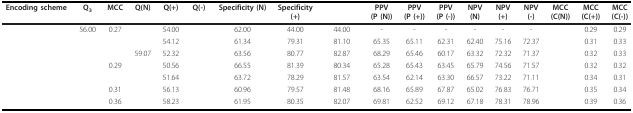
<table><thead><tr><td><b>Encoding scheme</b></td><td><b>Q<sub>3</sub></b></td><td><b>MCC</b></td><td><b>Q(N)</b></td><td><b>Q(+)</b></td><td><b>Q(-)</b></td><td><b>Specificity (N)</b></td><td><b>Specificity(+)</b></td><td>[EMPTY_CELL]</td><td><b>PPV(P (N))</b></td><td><b>PPV(P (+))</b></td><td><b>PPV(P (-))</b></td><td><b>NPV(N)</b></td><td><b>NPV(+)</b></td><td><b>NPV(-)</b></td><td><b>MCC(C(N))</b></td><td><b>MCC(C(+))</b></td><td><b>MCC(C(-))</b></td></tr></thead><tbody><tr><td>[EMPTY_CELL]</td><td>56.00</td><td>0.27</td><td>[EMPTY_CELL]</td><td>54.00</td><td>[EMPTY_CELL]</td><td>62.00</td><td>44.00</td><td>44.00</td><td>-</td><td>-</td><td>-</td><td>-</td><td>-</td><td>-</td><td>[EMPTY_CELL]</td><td>0.29</td><td>0.29</td></tr><tr><td>[EMPTY_CELL]</td><td>[EMPTY_CELL]</td><td>[EMPTY_CELL]</td><td>[EMPTY_CELL]</td><td>54.12</td><td>[EMPTY_CELL]</td><td>61.34</td><td>79.31</td><td>81.10</td><td>65.35</td><td>65.11</td><td>62.31</td><td>62.40</td><td>75.16</td><td>72.37</td><td>[EMPTY_CELL]</td><td>0.31</td><td>0.33</td></tr><tr><td>[EMPTY_CELL]</td><td>[EMPTY_CELL]</td><td>[EMPTY_CELL]</td><td>59.07</td><td>52.32</td><td>[EMPTY_CELL]</td><td>63.56</td><td>80.77</td><td>82.87</td><td>68.29</td><td>65.46</td><td>60.17</td><td>63.32</td><td>72.32</td><td>71.37</td><td>[EMPTY_CELL]</td><td>0.32</td><td>0.33</td></tr><tr><td>[EMPTY_CELL]</td><td>[EMPTY_CELL]</td><td>0.29</td><td>[EMPTY_CELL]</td><td>50.56</td><td>[EMPTY_CELL]</td><td>66.55</td><td>81.39</td><td>80.34</td><td>65.28</td><td>65.43</td><td>63.45</td><td>65.79</td><td>74.56</td><td>71.57</td><td>[EMPTY_CELL]</td><td>0.32</td><td>0.32</td></tr><tr><td>[EMPTY_CELL]</td><td>[EMPTY_CELL]</td><td>[EMPTY_CELL]</td><td>[EMPTY_CELL]</td><td>51.64</td><td>[EMPTY_CELL]</td><td>63.72</td><td>78.29</td><td>81.57</td><td>63.54</td><td>62.14</td><td>63.30</td><td>66.57</td><td>73.22</td><td>71.11</td><td>[EMPTY_CELL]</td><td>0.34</td><td>0.31</td></tr><tr><td>[EMPTY_CELL]</td><td>[EMPTY_CELL]</td><td>0.31</td><td>[EMPTY_CELL]</td><td>56.13</td><td>[EMPTY_CELL]</td><td>60.96</td><td>79.57</td><td>81.48</td><td>68.16</td><td>65.89</td><td>67.87</td><td>65.02</td><td>76.83</td><td>76.71</td><td>[EMPTY_CELL]</td><td>0.35</td><td>0.34</td></tr><tr><td>[EMPTY_CELL]</td><td>[EMPTY_CELL]</td><td>0.36</td><td>[EMPTY_CELL]</td><td>58.23</td><td>[EMPTY_CELL]</td><td>61.95</td><td>80.35</td><td>82.07</td><td>69.81</td><td>62.52</td><td>69.12</td><td>67.18</td><td>78.31</td><td>78.96</td><td>[EMPTY_CELL]</td><td>0.39</td><td>0.36</td></tr></tbody></table>